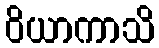
ဝိယာကာသိ